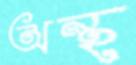
অন্থ